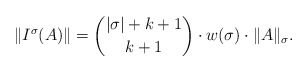
\begin{align*}\|I^\sigma(A)\| = {|\sigma| + k+1 \choose k+1} \cdot w(\sigma) \cdot \|A\|_\sigma.\end{align*}